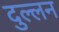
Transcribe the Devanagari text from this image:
दुल्लन